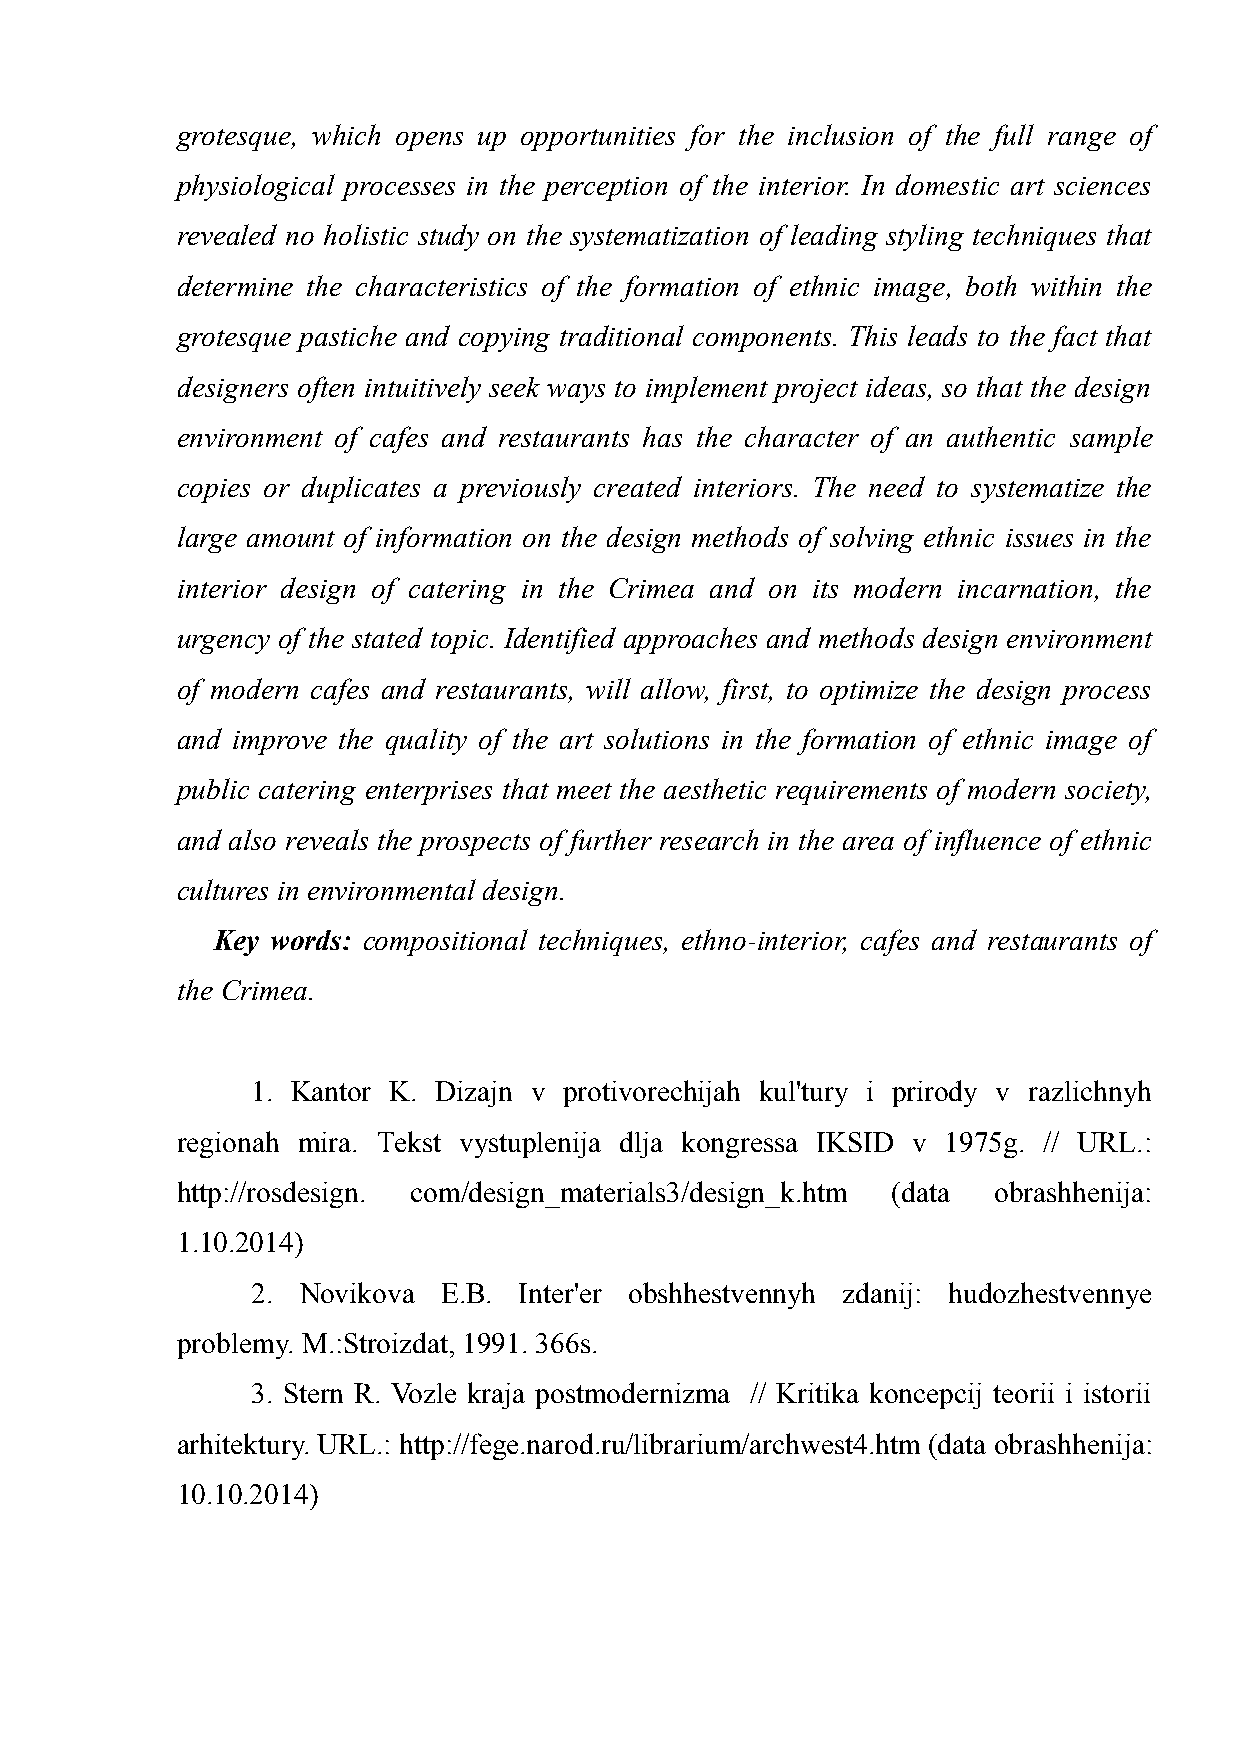
grotesque, which opens up opportunities for the inclusion of the full range of
 physiological processes in the perception of the interior. In domestic art sciences
 revealed no holistic study on the systematization of leading styling techniques that
 determine the characteristics of the formation of ethnic image, both within the
 grotesque pastiche and copying traditional components. This leads to the fact that
 designers often intuitively seek ways to implement project ideas, so that the design
 environment of cafes and restaurants has the character of an authentic sample
 copies or duplicates a previously created interiors. The need to systematize the
 large amount of information on the design methods of solving ethnic issues in the
 interior design of catering in the Crimea and on its modern incarnation, the
 urgency of the stated topic. Identified approaches and methods design environment
 of modern cafes and restaurants, will allow, first, to optimize the design process
 and improve the quality of the art solutions in the formation of ethnic image of
 public catering enterprises that meet the aesthetic requirements of modern society,
 and also reveals the prospects of further research in the area of influence of ethnic
 cultures in environmental design.
 Key words: compositional techniques, ethno-interior, cafes and restaurants of
 the Crimea.
 1. Kantor K. Dizajn v protivorechijah kul'tury i prirody v razlichnyh
 regionah mira. Тekst vystuplenija dlja kongressa IKSID v 1975g. // URL.:
 http://rosdesign. com/design_materials3/design_k.htm (data obrashhenija:
 1.10.2014)
 2. Novikova E.B. Inter'er obshhestvennyh zdanij: hudozhestvennye
 problemy. M.:Stroizdat, 1991. 366s.
 3. Stern R. Vozle kraja postmodernizma // Kritika koncepcij teorii i istorii
 arhitektury. URL.: http://fege.narod.ru/librarium/archwest4.htm (data obrashhenija:
 10.10.2014)